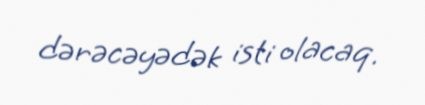
dərəcəyədək isti olacaq.